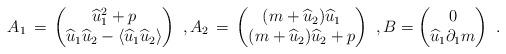
LaTeX: \begin{align*} A_1 \,=\, \begin{pmatrix} \widehat u_1^2 + p \\ \widehat u_1 \widehat u_2 - \langle \widehat u_1\widehat u_2\rangle \end{pmatrix}~, A_2 \,=\, \begin{pmatrix} (m+\widehat u_2)\widehat u_1 \\ (m+\widehat u_2)\widehat u_2 +p \end{pmatrix}~, B = \begin{pmatrix} 0 \\ \widehat u_1 \partial_1 m\end{pmatrix}~.\end{align*}